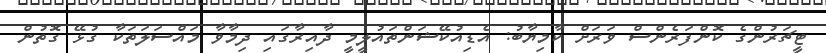
ޓީޗަރުންގެ ކޮންފަރެންސް ވަރަށް ކާމިޔާބު: އެޑިއުކޭޝަންތައުލީމީ ދާއިރާގައި ދިމާވާ މައްސަލަތަކާ ގުޅޭ ގޮތުން